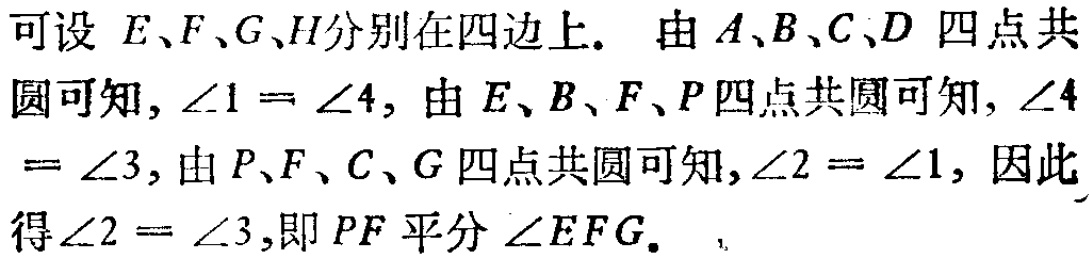
可设 \(E、F、G、H\)分别在四边上. 由 \(A、B、C、D\) 四点共圆可知, \(\angle1 = \angle4\), 由 \(E、B、F、P\)四点共圆可知, \(\angle4=\angle3\), 由 \(P、F、C、G\) 四点共圆可知, \(\angle2 = \angle1\), 因此得 \(\angle2 = \angle3\),即 \(PF\) 平分 \(\angle EFG\).